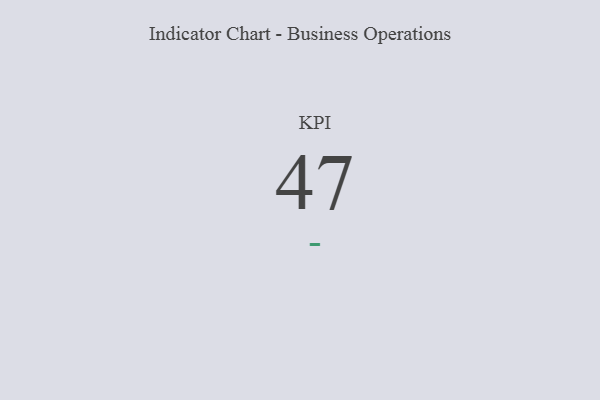
{"axis": {"x": "KPI", "y": "Value"}, "legend": [""], "data": [{"x": "KPI", "y": 47, "type": ""}]}